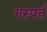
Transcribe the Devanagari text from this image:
गस्पर्त